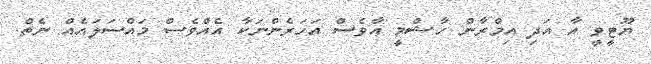
ޔޫޓީވީ އާ އަދި އިމްރާން ހާޝްމީ އާވެސް އަހަރެންނަކާ އެއްވެސް މައްސަލައެއް ނެތް.